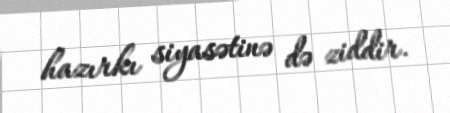
hazırkı siyasətinə də ziddir.